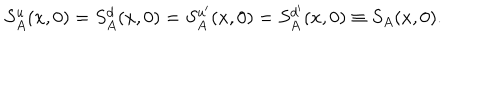
S _ { A } ^ { u } ( x , 0 ) = S _ { A } ^ { d } ( x , 0 ) = S _ { A } ^ { u ^ { \prime } } ( x , 0 ) = S _ { A } ^ { d ^ { \prime } } ( x , 0 ) \equiv S _ { A } ( x , 0 ) .